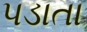
પડાતા